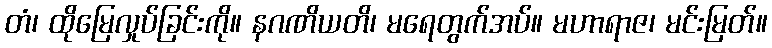
တံ၊ ထိုမြေလှုပ်ခြင်းကို။ နဂဏိယတိ၊ မရေတွက်အပ်။ မဟာရာဇ၊ မင်းမြတ်။